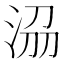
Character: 𣴀